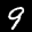
Label: 9